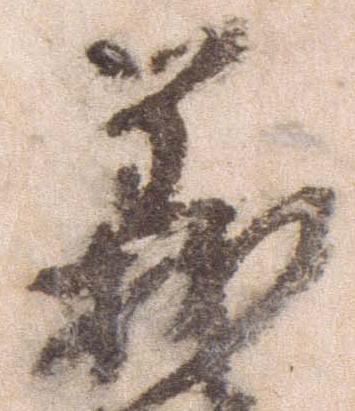
義